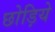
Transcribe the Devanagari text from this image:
छोड़िये